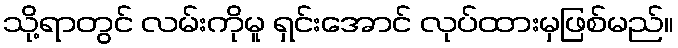
သို့ရာတွင် လမ်းကိုမူ ရှင်းအောင် လုပ်ထားမှဖြစ်မည်။